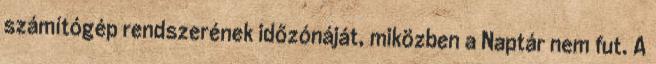
számítógép rendszerének időzónáját, miközben a Naptár nem fut. A